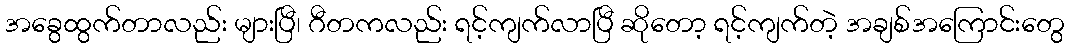
အခွေထွက်တာလည်း များပြီ၊ ဂီတကလည်း ရင့်ကျက်လာပြီ ဆိုတော့ ရင့်ကျက်တဲ့ အချစ်အကြောင်းတွေ